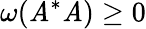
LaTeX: \omega(\mathit{A}^{*}\mathit{A})\ge0